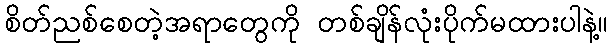
စိတ်ညစ်စေတဲ့အရာတွေကို တစ်ချိန်လုံးပိုက်မထားပါနဲ့။